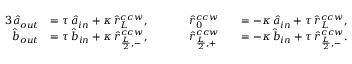
\begin{array} { r l r l } { { 3 } \hat { a } _ { o u t } } & { = \tau \, \hat { a } _ { i n } + \kappa \, \hat { r } _ { L } ^ { c c w } , \; \; \; \; \; \; \; \; \; \; \; \; \; \hat { r } _ { 0 } ^ { c c w } } & & { = - \kappa \, \hat { a } _ { i n } + \tau \, \hat { r } _ { L } ^ { c c w } , } \\ { \hat { b } _ { o u t } } & { = \tau \, \hat { b } _ { i n } + \kappa \, \hat { r } _ { \frac { L } { 2 } , - } ^ { c c w } , \; \; \; \; \; \; \; \; \; \; \; \; \; \hat { r } _ { \frac { L } { 2 } , + } ^ { c c w } } & & { = - \kappa \, \hat { b } _ { i n } + \tau \, \hat { r } _ { \frac { L } { 2 } , - } ^ { c c w } . } \end{array}